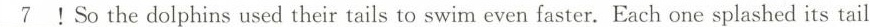
\underline{7}!So the dolphins used their tails to swim even faster. Each one splashed its tail